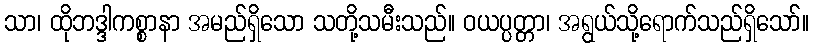
သာ၊ ထိုဘဒ္ဒါကစ္စာနာ အမည်ရှိသော သတို့သမီးသည်။ ဝယပ္ပတ္တာ၊ အရွယ်သို့ရောက်သည်ရှိသော်။